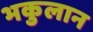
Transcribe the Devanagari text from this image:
भकुलान